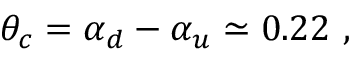
\theta _ { c } = \alpha _ { d } - \alpha _ { u } \simeq 0 . 2 2 ~ ,